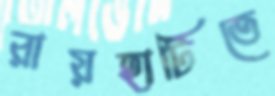
রায়হাটিতে